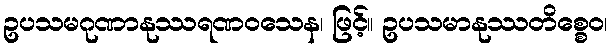
ဥပသမဂုဏာနုဿရဏဝသေန၊ ဖြင့်။ ဥပသမာနုဿတိစ္စေဝ၊